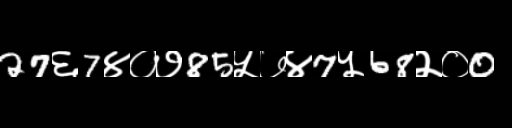
Text: 27६7४०७85५७४7५68२०0